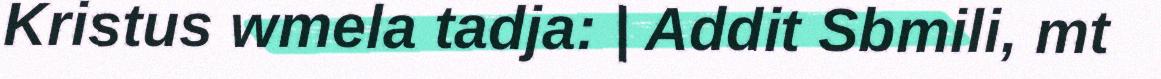
Kristus wmela tadja: | Addit Sbmili, mt